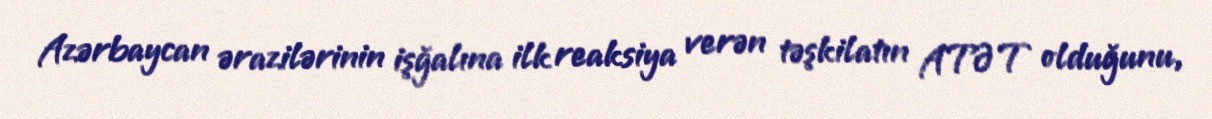
Azərbaycan ərazilərinin işğalına ilk reaksiya verən təşkilatın ATƏT olduğunu,